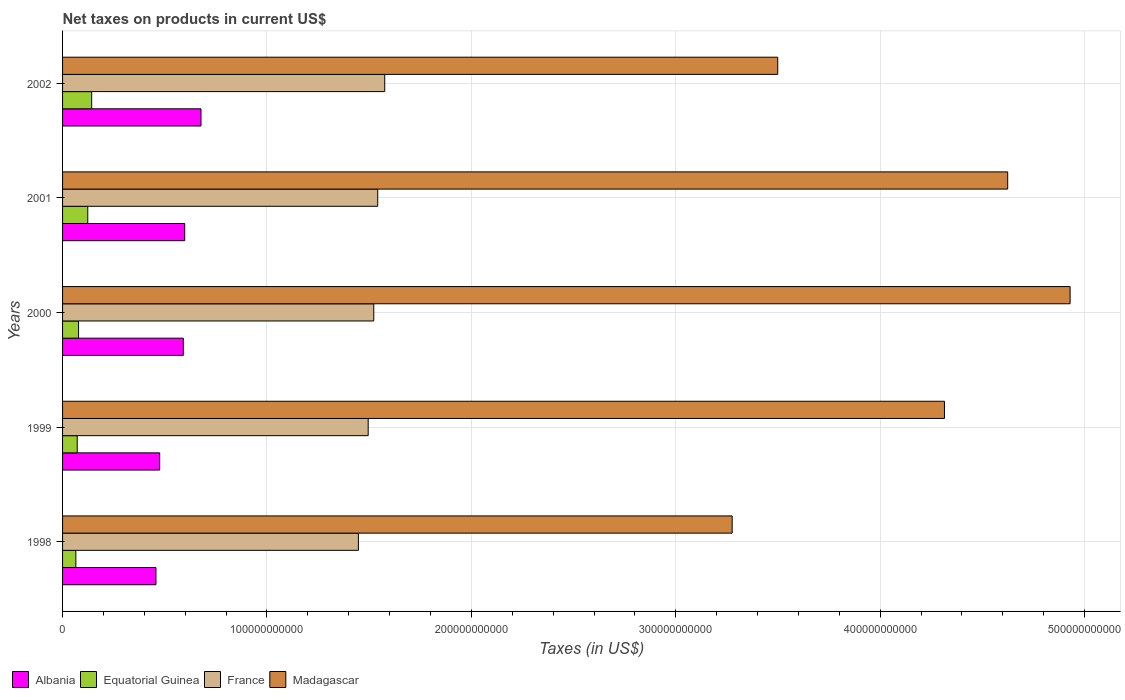
| Years | Albania | Equatorial Guinea | France | Madagascar |
 | --- | --- | --- | --- | --- |
 | 1998 | 4.57e+10 | 6.5e+09 | 1.45e+11 | 3.28e+11 |
 | 1999 | 4.75e+10 | 7.16e+09 | 1.5e+11 | 4.31e+11 |
 | 2000 | 5.91e+10 | 7.82e+09 | 1.52e+11 | 4.93e+11 |
 | 2001 | 5.98e+10 | 1.23e+10 | 1.54e+11 | 4.62e+11 |
 | 2002 | 6.77e+10 | 1.42e+10 | 1.58e+11 | 3.5e+11 |